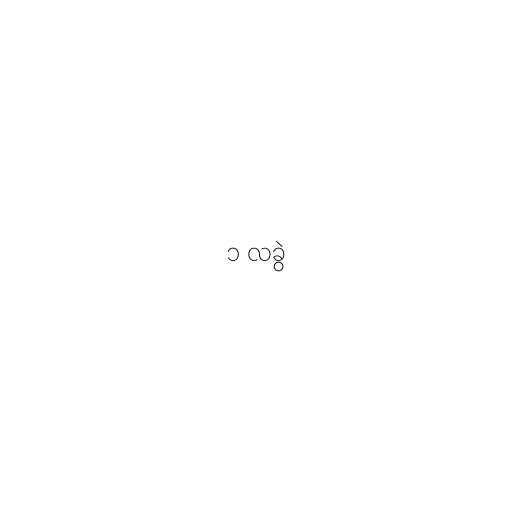
၁ လခွဲ